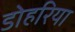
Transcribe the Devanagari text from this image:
डोहरिया